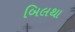
બિલથા